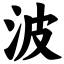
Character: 波